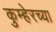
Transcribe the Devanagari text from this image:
कुम्हेरच्या